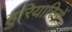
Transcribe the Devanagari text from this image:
हुरियारिनों